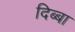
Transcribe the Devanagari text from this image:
दिब्बा